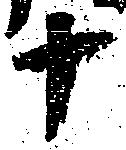
十